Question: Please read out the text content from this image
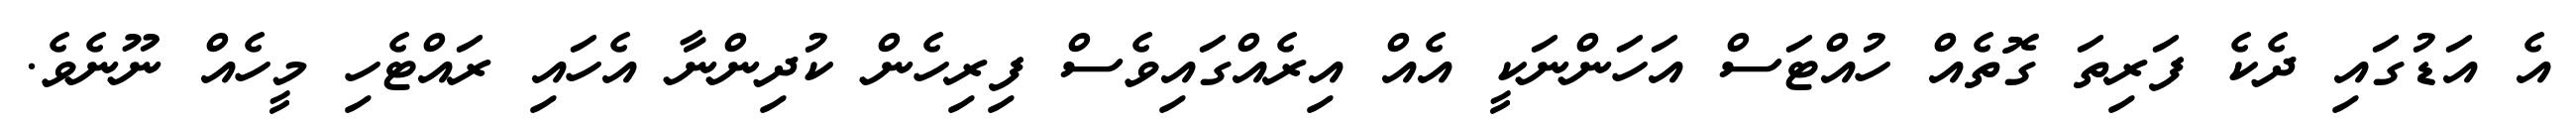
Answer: އެ އަޑުގައި ދެކެ ފަރިތަ ގޮތެއް ހުއްޓަސް އަހަންނަކީ އެއް އިރެއްގައިވެސް ފިރިހެން ކުދިންނާ އެހައި ރައްޓެހި މީހެއް ނޫނެވެ.